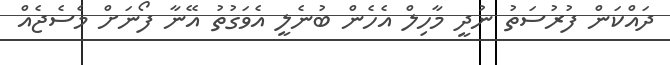
ދައްކަން ފުރުސަތު ނުދީ މާހިލް އެހެން ބުނެލީ އެވަގުތު އޭނާ ފޯނަށް މެސެޖެއް